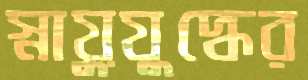
স্নায়ুযুদ্ধের